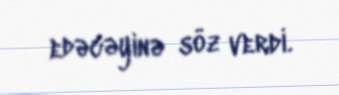
edəcəyinə söz verdi.